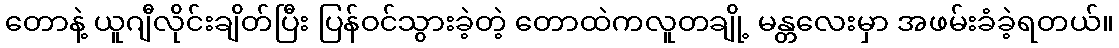
တောနဲ့ ယူဂျီလိုင်းချိတ်ပြီး ပြန်ဝင်သွားခဲ့တဲ့ တောထဲကလူတချို့ မန္တလေးမှာ အဖမ်းခံခဲ့ရတယ်။